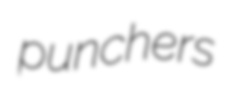
punchers